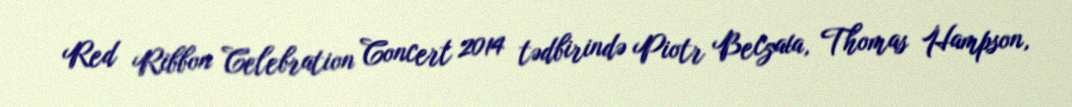
Red Ribbon Celebration Concert 2014 tədbirində Piotr Beczała, Thomas Hampson,